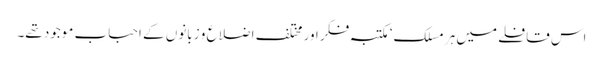
اس قافلے میں ہر مسلک‘ مکتبہ فکر اور مختلف اضلاع و زبانوں کے احباب موجود تھے۔